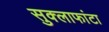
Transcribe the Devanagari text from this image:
सुक्लाफांटा